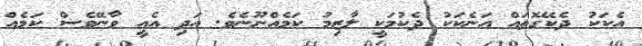
އެކަކު ދެކޭގޮތައް އަނެކަކު ދެކުމަކީ ލާޒިމު ކަމެއްނޫނެވެ. އަދި އެއީ ވާނޭވެސް ކަމެއް